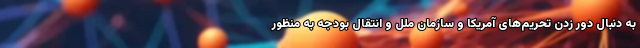
به دنبال دور زدن تحریم‌های آمریکا و سازمان ملل و انتقال بودجه به منظور